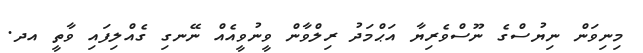
މިނިވަން ނިޔުސްގެ ނޫސްވެރިޔާ އަޙްމަދު ރިލްވާން ވީނުވީއެއް ނޭނގި ގެއްލިފައި ވާތީ އދ.